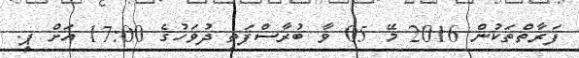
ފަރާތްތަކުން 2016 މޭ 05 ވާ ބުރާސްފަތި ދުވަހުގެ 17:00 އަށް ޕީ.